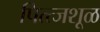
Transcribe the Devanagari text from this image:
पित्त्जशूळ